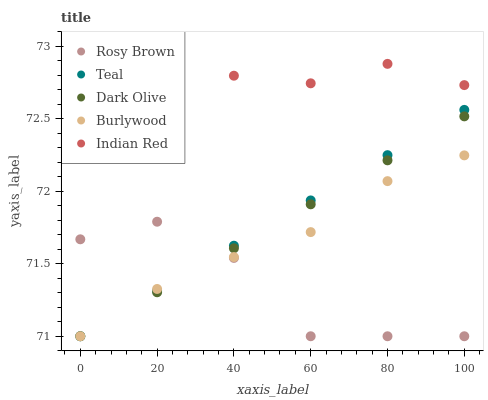
| xaxis_label | Rosy Brown | Teal | Dark Olive | Burlywood | Indian Red |
 | --- | --- | --- | --- | --- | --- |
 | 0 | 71.7 | 71 | 71 | 71 | 73 |
 | 20 | 71.8 | 71.3 | 71.3 | 71.3 | 72.9 |
 | 40 | 71.5 | 71.6 | 71.6 | 71.5 | 72.8 |
 | 60 | 71 | 71.9 | 71.9 | 71.7 | 72.7 |
 | 80 | 71 | 72.2 | 72.2 | 72.1 | 72.9 |
 | 100 | 71 | 72.6 | 72.5 | 72.2 | 72.7 |